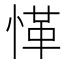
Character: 愅